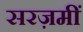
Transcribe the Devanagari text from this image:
सरज़मीं